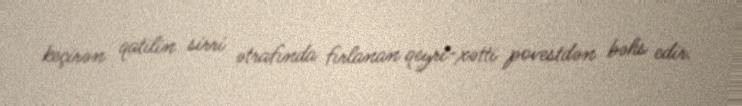
keçirən qatilin sirri ətrafında fırlanan qeyri-xətti povestdən bəhs edir.